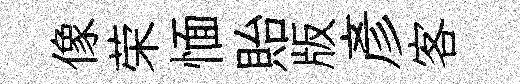
像荣愐貽版彥客